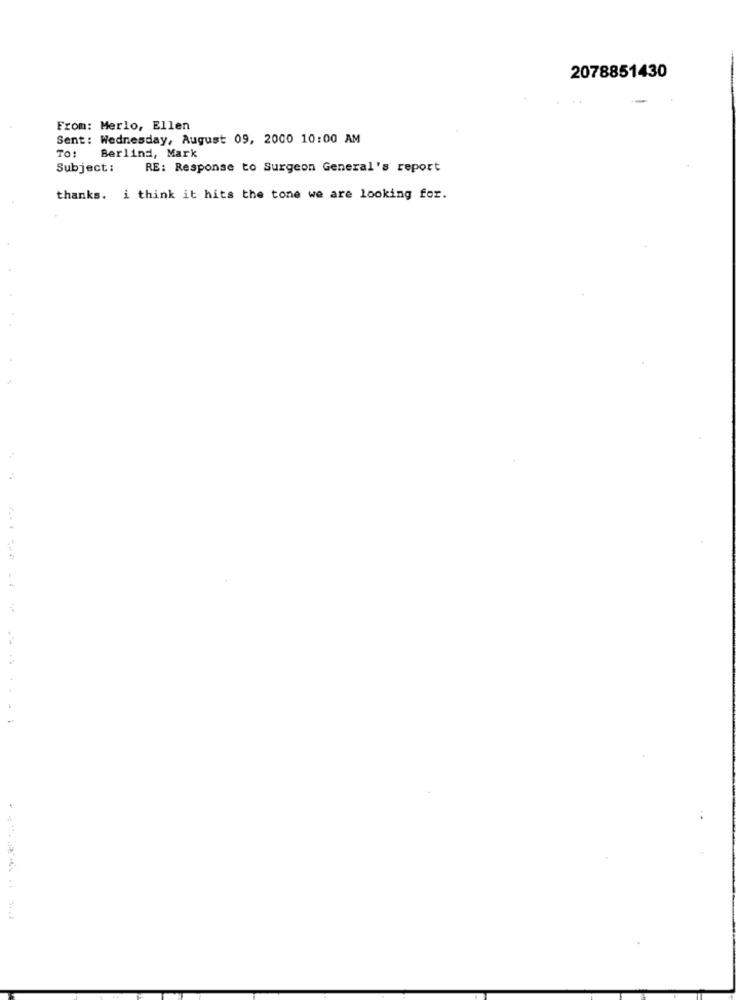
2078851430
From: Merlo, Ellen
Sent: Wednesday, August 09, 2000 10:00 AM
Berlind, Mark
TO:
Subject :
RE: Response to Surgeon General's report
thanks. i think it hits the tone we are looking for.
-------